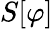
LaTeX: S[\varphi]